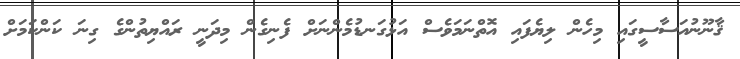
ޤާނޫނުއަސާސީގައި މިހެން ލިޔެފައި އޮތްނަމަވެސް އަޅުގަނޑުމެންނަށް ފެނިގެން މިދަނީ ރައްޔިތުންގެ ގިނަ ކަންކަމަށް